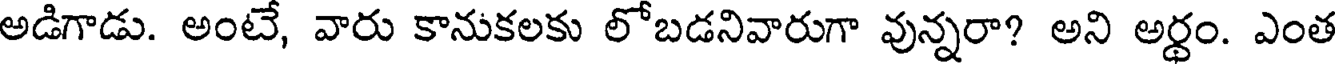
అడిగాడు. అంటే, వారు కానుకలకు లోబడనివారుగా వున్నరా? అని అర్థం. ఎంత